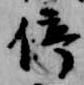
停